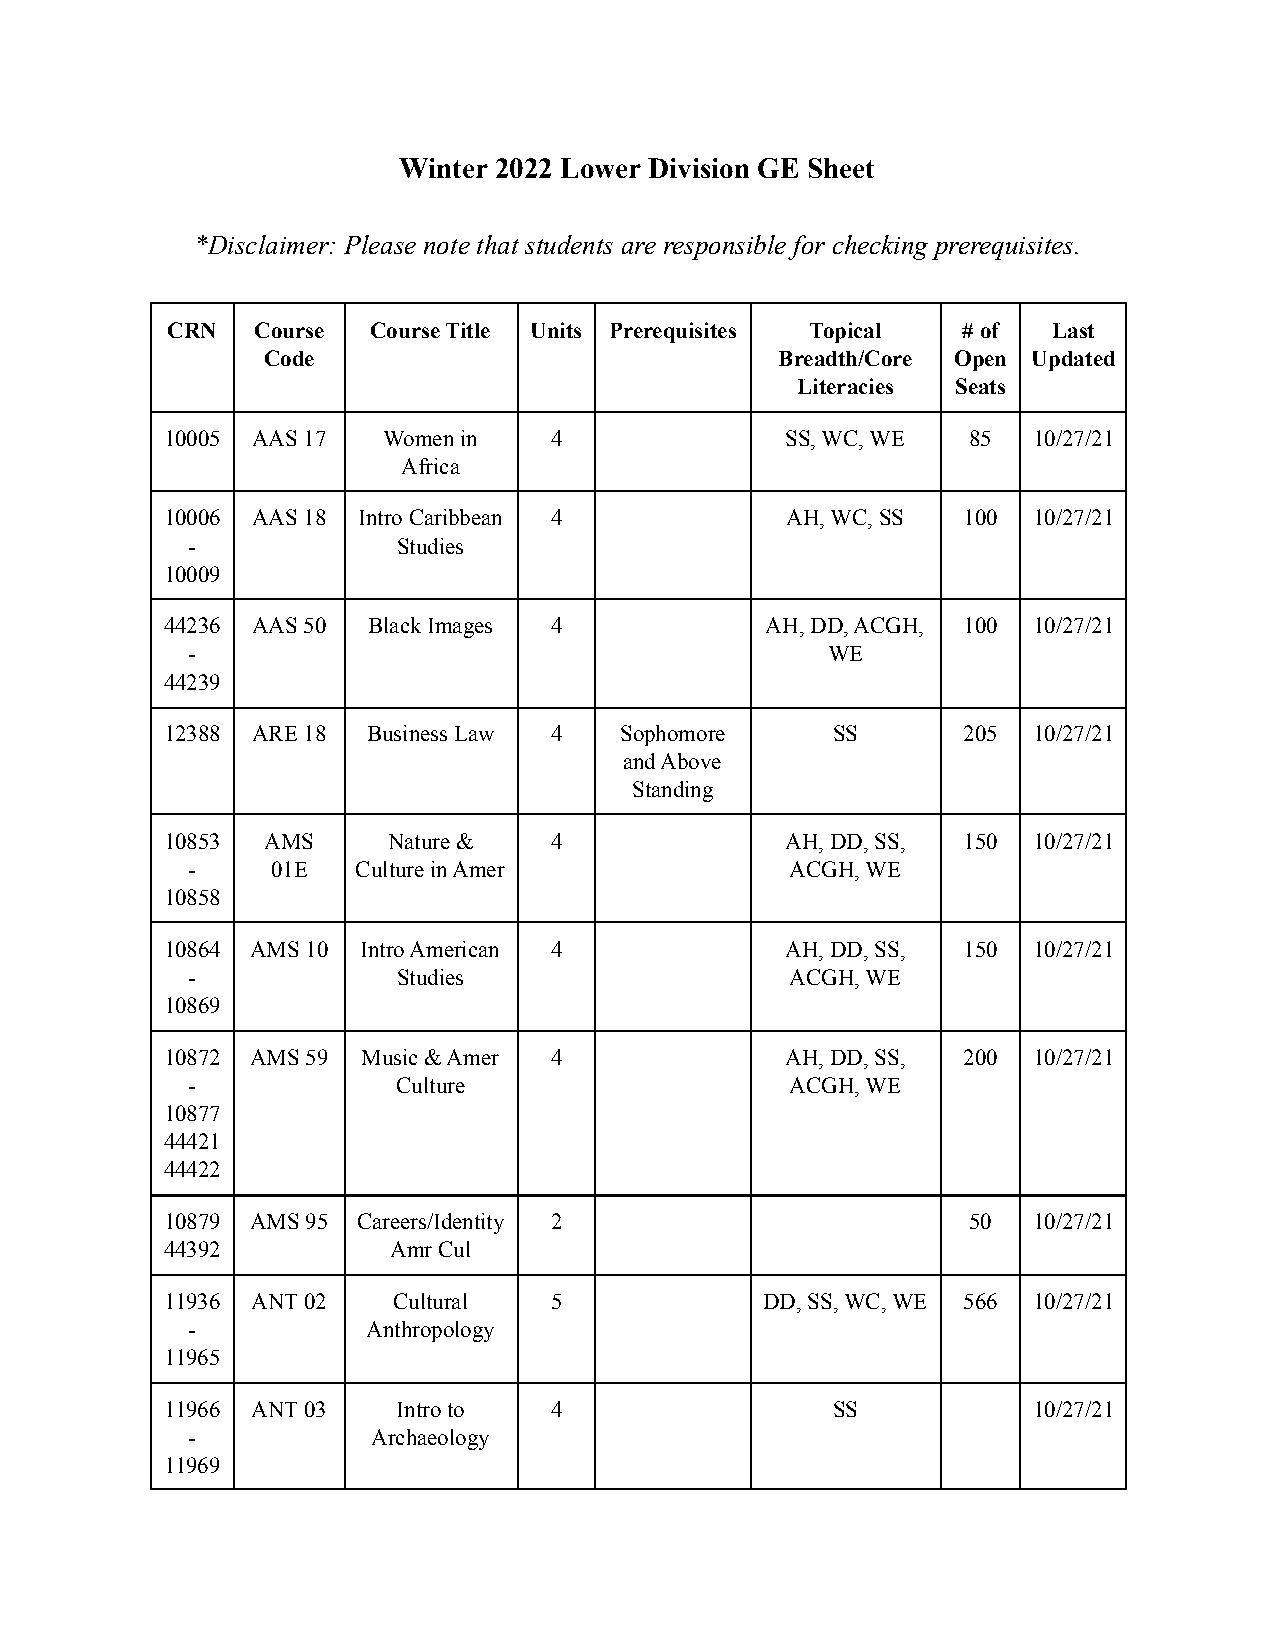
Winter 2022 Lower Division GE Sheet
 *Disclaimer: Please note that students are responsible for checking prerequisites.
 CRN   Course Course Title Units Prerequisites Topical # of Last
 Code                               Breadth/Core Open Updated
 Literacies Seats
 10005 AAS 17  Women in   4               SS, WC, WE  85  10/27/21
 Africa
 10006 AAS 18 Intro Caribbean 4           AH, WC, SS  100 10/27/21
 -             Studies
 10009
 44236 AAS 50 Black Images 4             AH, DD, ACGH, 100 10/27/21
 -                                          WE
 44239
 12388 ARE 18 Business Law 4   Sophomore     SS       205 10/27/21
 and Above
 Standing
 10853 AMS      Nature &  4               AH, DD, SS, 150 10/27/21
 -     01E   Culture in Amer             ACGH, WE
 10858
 10864 AMS 10 Intro American 4            AH, DD, SS, 150 10/27/21
 -             Studies                   ACGH, WE
 10869
 10872 AMS 59 Music & Amer 4              AH, DD, SS, 200 10/27/21
 -             Culture                   ACGH, WE
 10877
 44421
 44422
 10879 AMS 95 Careers/Identity 2                      50  10/27/21
 44392          Amr Cul
 11936 ANT 02   Cultural  5             DD, SS, WC, WE 566 10/27/21
 -           Anthropology
 11965
 11966 ANT 03   Intro to  4                  SS           10/27/21
 -            Archaeology
 11969